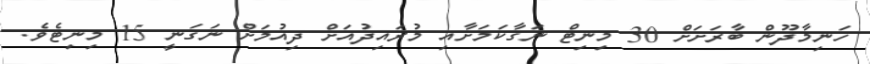
ހަނިމާދޫން ބާރަށަށް 30 މިނިޓް ނަގާކަމަށާއި މުރައިދުއަށް ދިއުމަށް ނަގަނީ 15 މިނިޓެވެ.